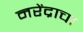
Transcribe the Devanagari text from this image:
नरेंद्राचा